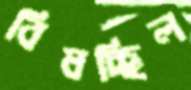
বিষচ্ছিল